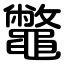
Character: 鼈